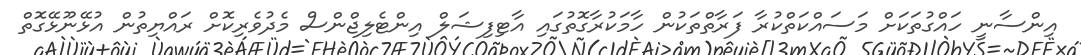
އިންސާނީ ހައްގުތަކަށް މަސައްކަތްކުރާ ފަރާތްތަކުން ހާމަކުރާގޮތުގައި އާޓިފިޝަލް އިންޓެލިޖްންސް މެދުވެރިކޮށް ރައްޔިތުން އުޅޭނޫޅޭގޮތް